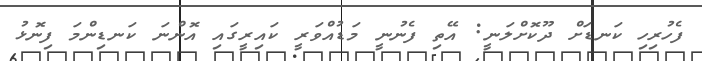
ފެހުރިހި ކަނޑަށް ދޫކޮށްލަނީ: އޭތި ފެނުނީ މަޑުއްވަރީ ކައިރީގައި އޮންނަ ކަނޑިންމަ ފިނޮޅު